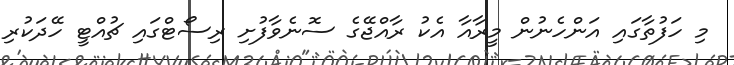
މި ހަފުތާގައި އަންހެނުން މީރާއާ އެކު ރާއްޖޭގެ ސޮނެވާފުށި ރިސޯޓްގައި ޗުއްޓީ ހޭދަކުރި